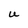
Character: U